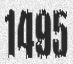
1495